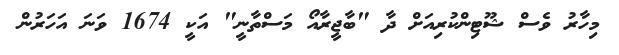
މިހާރު ވެސް ޝޫޓިންކުރިއަށް ދާ "ބާޖީރާއޯ މަސްތާނީ" އަކީ 1674 ވަނަ އަހަރުން